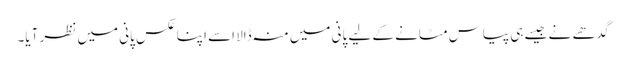
گدھے نے جیسے ہی پیاس مٹانے کے لیے پانی میں منہ ڈالا اسے اپنا عکس پانی میں نظر آیا۔